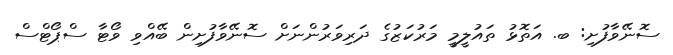
ސޮނޭވާފުށި: ބ. އަތޮޅު ތައުލީމީ މަރުކަޒުގެ ދަރިވަރުންނަށް ސޮނޭވާފުށިން ބޭއްވި ވޯޓާ ސްޕޯޓްސް